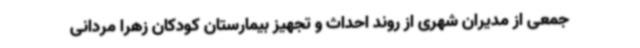
جمعی از مدیران شهری از روند احداث و تجهیز بیمارستان کودکان زهرا مردانی